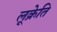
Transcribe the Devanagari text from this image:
लूक्रेति